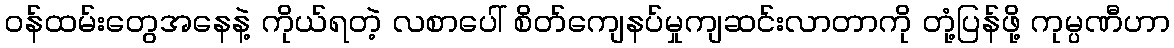
ဝန်ထမ်းတွေအနေနဲ့ ကိုယ်ရတဲ့ လစာပေါ် စိတ်ကျေနပ်မှုကျဆင်းလာတာကို တုံ့ပြန်ဖို့ ကုမ္ပဏီဟာ